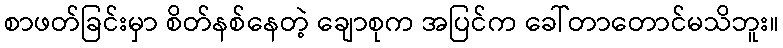
စာဖတ်ခြင်းမှာ စိတ်နစ်နေတဲ့ ချောစုက အပြင်က ခေါ်တာတောင်မသိဘူး။